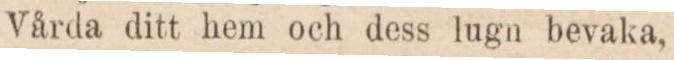
Vårda ditt hem och dess lugn bevaka,